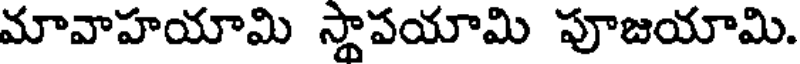
మావాహయామి స్థాపయామి పూజయామి.